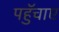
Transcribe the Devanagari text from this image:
पहुॅचाए